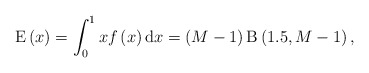
\begin{align*}\mathrm{E}\left( x \right) = \int_0^1 x f\left( x \right) \mathrm{d}x = \left( M -1 \right) \mathrm{B}\left(1.5, M-1\right),\end{align*}